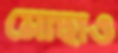
মোছাও